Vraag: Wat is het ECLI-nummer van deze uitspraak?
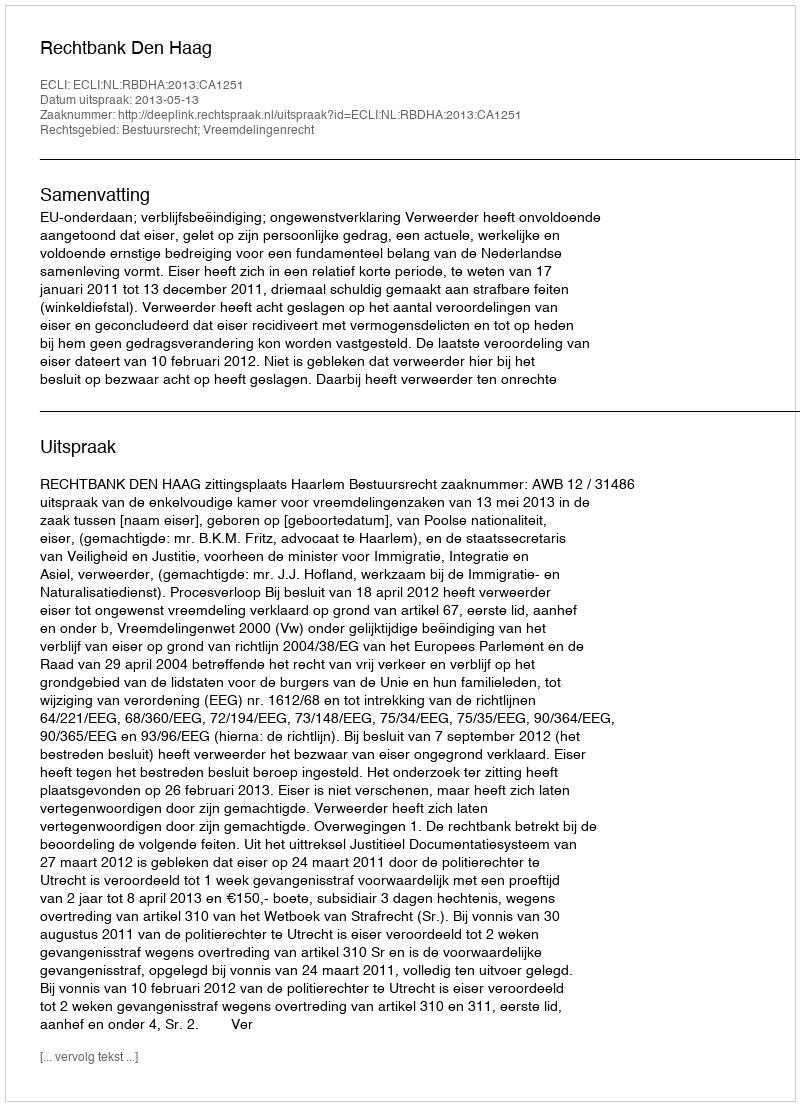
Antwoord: ECLI:NL:RBDHA:2013:CA1251